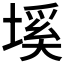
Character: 𡏛